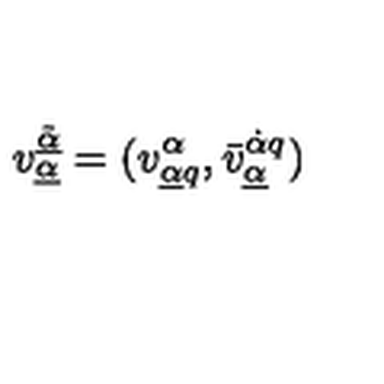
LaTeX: v _ { \underline { { \alpha } } } ^ { \underline { { \tilde { \alpha } } } } = ( v _ { \underline { { \alpha } } q } ^ { \alpha } , \bar { v } _ { \underline { { \alpha } } } ^ { \dot { \alpha } q } )